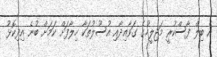
އެ ބިލް ފާސްކުރީ މަޖިލީހުގެ ގަވާއިދާއި އުސޫލުތަކާ ހިލާފަށް ކަމަށް ބުނެ އިދިކޮޅު